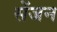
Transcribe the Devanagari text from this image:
सेंजन